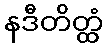
နဒီတိတ္ထံ